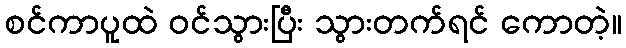
စင်ကာပူထဲ ဝင်သွားပြီး သွားတက်ရင် ကောတဲ့။